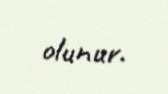
olunur.